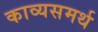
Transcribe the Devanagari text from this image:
काव्यसमर्थ